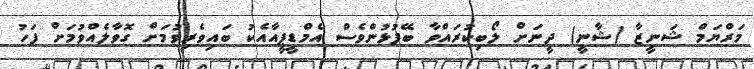
މަރްޔަމް ޝަނީޒާ (ޝާނީ) ދީނަށް ލޯބިކުރައްވާ ބޭފުޅުންވެސް އެމްޑީޕީއާއެކު ބައިވެރިވުމަށް ގޮވާލެއްވުމަށް ފަހު